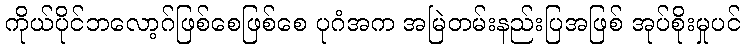
ကိုယ်ပိုင်ဘလော့ဂ်ဖြစ်စေဖြစ်စေ ပုဂံအက အမြဲတမ်းနည်းပြအဖြစ် အုပ်စိုးမှုပင်